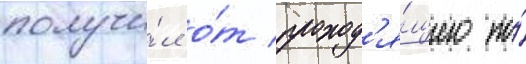
получи́л о́т проход'я́щего по́